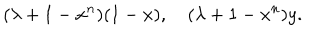
LaTeX: ( \lambda + 1 - x ^ { n } ) ( 1 - x ) , \quad ( \lambda + 1 - x ^ { n } ) y .